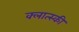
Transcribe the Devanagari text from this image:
क्लात्स्की